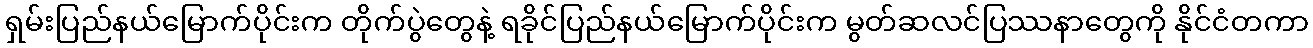
ရှမ်းပြည်နယ်မြောက်ပိုင်းက တိုက်ပွဲတွေနဲ့ ရခိုင်ပြည်နယ်မြောက်ပိုင်းက မွတ်ဆလင်ပြဿနာတွေကို နိုင်ငံတကာ